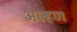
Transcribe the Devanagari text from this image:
अल्हण